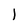
Character: l